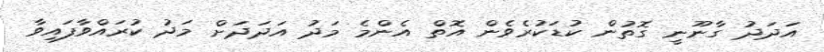
އަދަދު ގާނޫނީ ގޮތުން ކުޑަކުރެވެން އޮތް އެންމެ މަދު އަދަދަށް މަދު ކުރައްވާފައިވާ